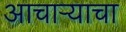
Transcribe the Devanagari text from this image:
आचार्‍याचा